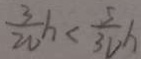
\frac { 3 } { 2 V } h < \frac { 5 } { 3 V } h